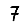
Digit: 7